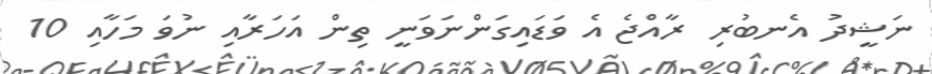
ނަޝީދު އެނބުރި ރާއްޖެ އެ ވަޑައިގަންނަވަނީ ތިން އަހަރާއި ނުވަ މަހާއި 10